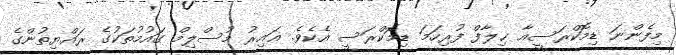
މިފެންނަ ޑިމޮކްރަސީއާ ޚިލާފް ފުރިހަމަ ޑިމޮކްރަސީ އެކެވެ. ޣައިރު މުސްލިމް ގައުމުތަކުގެ ރައްޔިތުންގެ